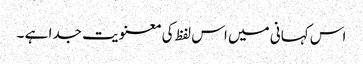
اس کہانی میں اس لفظ کی معنویت جدا ہے ۔